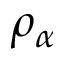
\rho _ { \alpha }